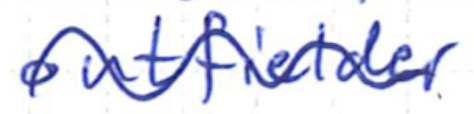
Text: outfielder
Cross-out: wave
Writing tool: ballpoint